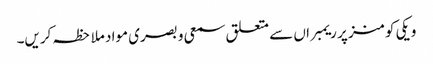
ویکی کومنز پر ریمبراں سے متعلق سمعی و بصری مواد ملاحظہ کریں۔